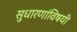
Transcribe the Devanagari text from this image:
सुधारणांविषयी